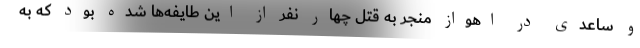
و ساعدی در اهواز منجر به قتل چهار نفر از این طایفه‌ها شده بود که به